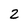
Character: 2